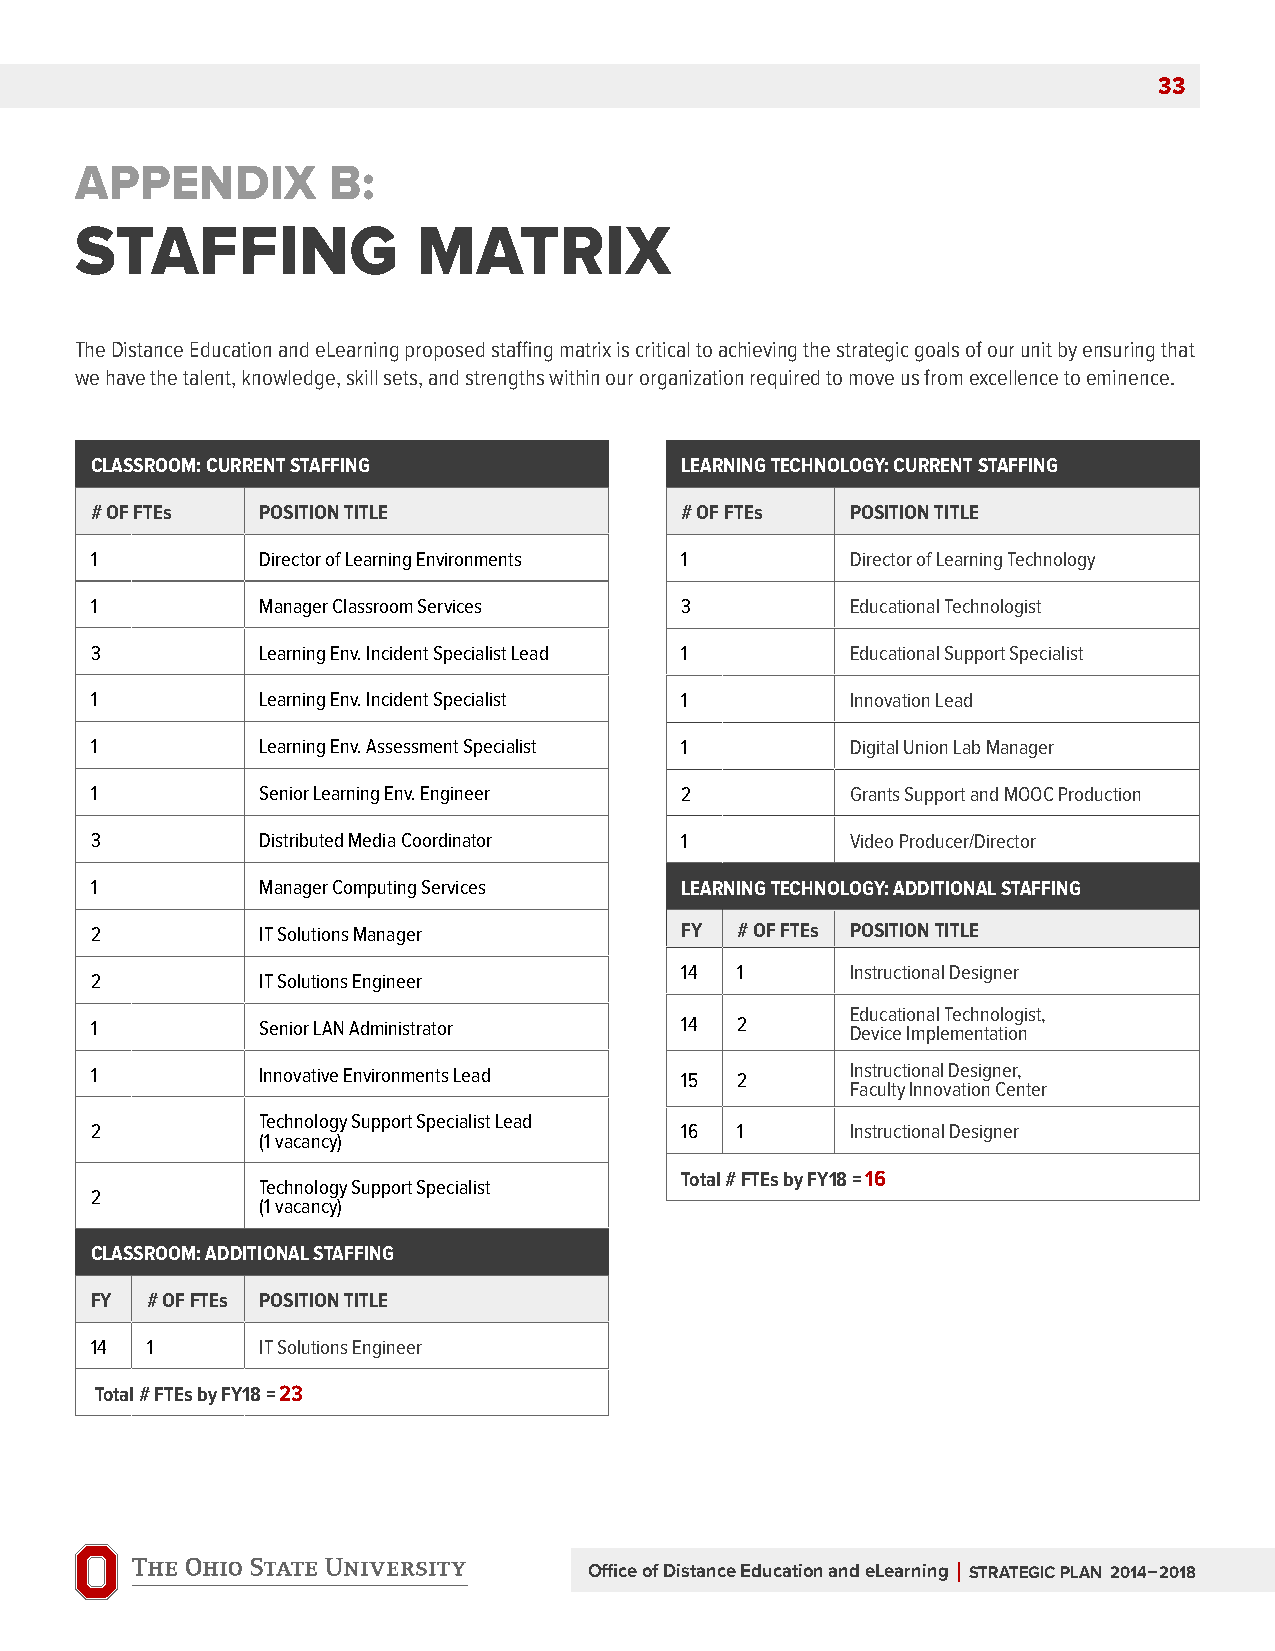
33
 aPPEnDix         b:
 Staffing               Matrix
 The Distance Education and eLearning proposed staffing matrix is critical to achieving the strategic goals of our unit by ensuring that
 we have the talent, knowledge, skill sets, and strengths within our organization required to move us from excellence to eminence.
 cLAssroom: cUrrent stAffing            LeArning technoLogy: cUrrent stAffing
 # of ftes  Position titLe              # of ftes  Position titLe
 1          Director of Learning Environments 1    Director of Learning Technology
 1          Manager Classroom Services  3          Educational Technologist
 3          Learning Env. Incident Specialist Lead 1 Educational Support Specialist
 1          Learning Env. Incident Specialist 1    Innovation Lead
 1          Learning Env. Assessment Specialist 1  Digital Union Lab Manager
 1          Senior Learning Env. Engineer 2        Grants Support and MOOC Production
 3          Distributed Media Coordinator 1        Video Producer/Director
 1          Manager Computing Services  LeArning technoLogy: AdditionAL stAffing
 2          IT Solutions Manager        fy  # of ftes Position titLe
 14  1      Instructional Designer
 2          IT Solutions Engineer
 Educational Technologist,
 1          Senior LAN Administrator    14  2      Device Implementation
 1          Innovative Environments Lead 15 2      Instructional Designer,
 Faculty Innovation Center
 Technology Support Specialist Lead
 2                                      16  1      Instructional Designer
 (1 vacancy)
 total # ftes by fy18 = 16
 Technology Support Specialist
 2
 (1 vacancy)
 cLAssroom: AdditionAL stAffing
 fy  # of ftes Position titLe
 14  1      IT Solutions Engineer
 total # ftes by fy18 = 23
 Office of Distance Education and eLearning | StratEgic PLan 2014–2018